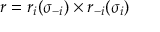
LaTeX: r = r _ { i } ( \sigma _ { - i } ) \times r _ { - i } ( \sigma _ { i } )